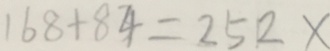
1 6 8 + 8 4 = 2 5 2 \times